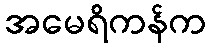
အမေရိကန်က